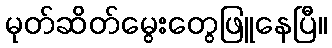
မုတ်ဆိတ်မွေးတွေဖြူနေပြီ။